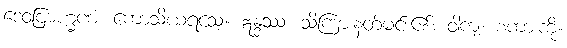
ဒေဝဗြာဟ္မဏံ၊ ကောသိယရသေ့။ ဣန္ဒဿ၊ သိကြားနတ်မင်း၏။ ဝါကျံ၊ စကားကို။